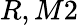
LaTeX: R,M2